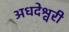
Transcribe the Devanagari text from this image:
अधदेश्वरी